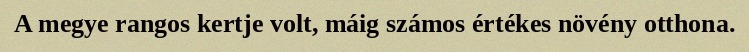
A megye rangos kertje volt, máig számos értékes növény otthona.